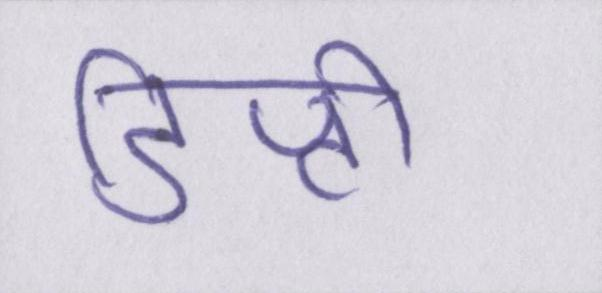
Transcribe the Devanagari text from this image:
डिप्टी